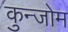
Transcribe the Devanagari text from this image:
कुन्जोम